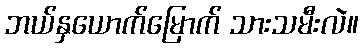
ဘယ်နှယောက်မြောက် သားသမီးလဲ။